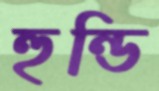
হুন্ডি